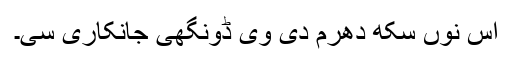
اس نوں سکھ دھرم دی وی ڈونگھی جانکاری سی۔